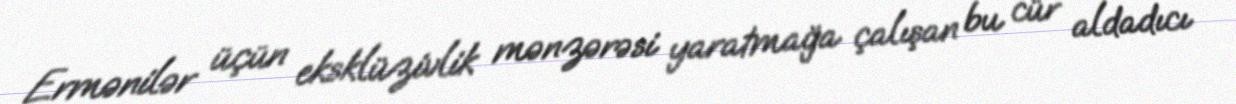
Ermənilər üçün eksklüzivlik mənzərəsi yaratmağa çalışan bu cür aldadıcı